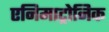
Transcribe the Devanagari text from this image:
एनिमाट्रोनिक